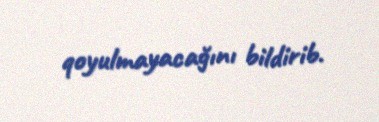
qoyulmayacağını bildirib.